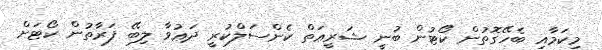
މިކަމާއި ބެހޭގޮތުން ކޯޓުން ބުނީ ޝަރީޢަތް ކެންސަލްކުރީ ދަޢުވާ ލިބޭ ފަރާތުން ކޯޓަށް